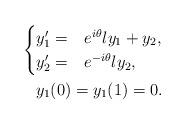
LaTeX: \begin{align*} \begin{cases} y_1' =& e^{i \theta} \l y_1 + y_2, \\ y_2' =& e^{-i \theta} \l y_2, \end{cases} \\ y_1(0) = y_1(1) = 0.\end{align*}